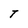
Character: T